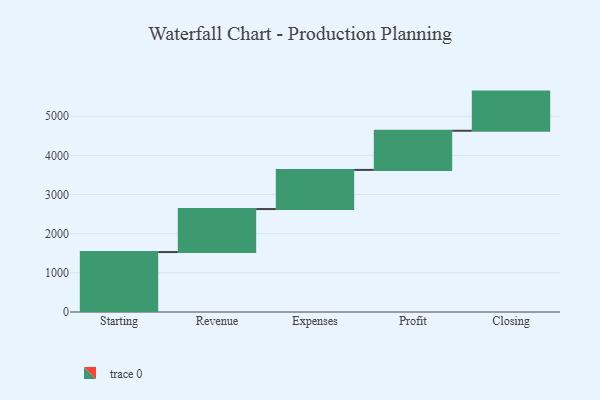
{"axis": {"x": "Step", "y": "Value"}, "legend": [""], "data": [{"x": "Starting", "y": 1531.0, "type": ""}, {"x": "Revenue", "y": 1098.0, "type": ""}, {"x": "Expenses", "y": 1000, "type": ""}, {"x": "Profit", "y": 1000, "type": ""}, {"x": "Closing", "y": 1000, "type": ""}]}